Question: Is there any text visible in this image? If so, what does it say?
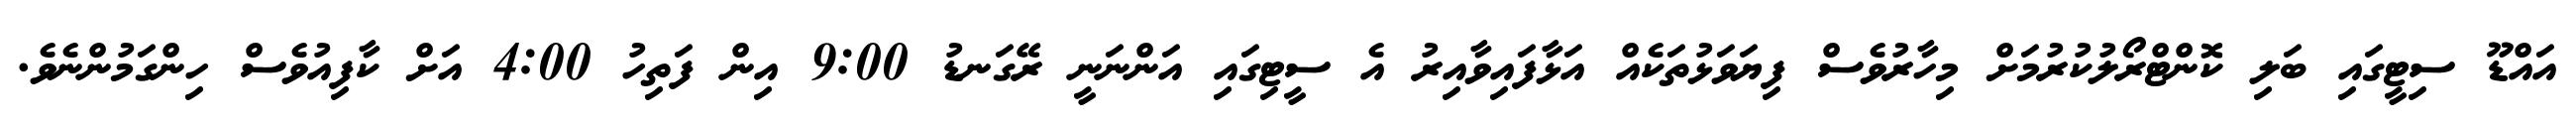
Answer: އައްޑޫ ސިޓީގައި ބަލި ކޮންޓްރޯލުކުރުމަށް މިހާރުވެސް ފިޔަވަޅުތަކެއް އަޅާފައިވާއިރު އެ ސީޓިގައި އަންނަނީ ރޭގަނޑު 9:00 އިން ފަތިހު 4:00 އަށް ކާފިއުވެސް ހިންގަމުންނެވެ.